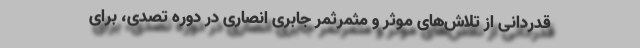
قدردانی از تلاش‌های موثر و مثمرثمر جابری انصاری در دوره تصدی، برای